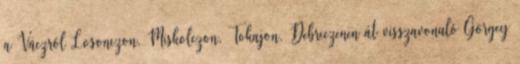
a Váczról Losonczon, Miskolczon, Tokajon, Debreczenen át visszavonuló Görgey